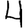
Digit: 4